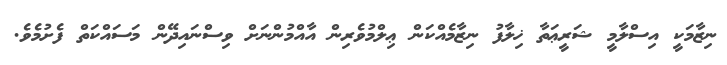
ނިޒާމަކީ އިސްލާމީ ޝަރީޢަތާ ޚިލާފު ނިޒާމެއްކަން ޢިލްމުވެރިން އާއްމުންނަށް ވިސްނައިދޭން މަސައްކަތް ފެށުމެވެ.